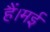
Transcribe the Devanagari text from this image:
हैं।मई